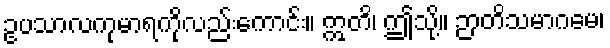
ဥပသာလကုမာရကိုလည်းကောင်း။ ဣတိ၊ ဤသို့။ ဉာတိသမာဂမေ၊